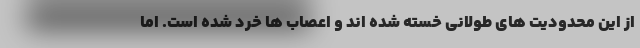
از این محدودیت های طولانی خسته شده اند و اعصاب ها خرد شده است. اما